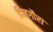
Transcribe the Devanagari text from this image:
दिलगौरा